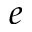
e